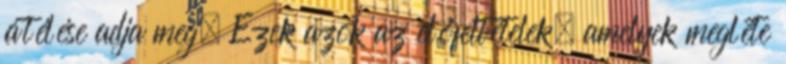
átélése adja meg. Ezek azok az előfeltételek, amelyek megléte